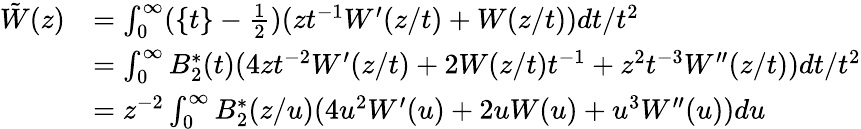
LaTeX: \begin{array}{rl}{\tilde{W}(z)}&{=\int_{0}^{\infty}(\{ t\} -\frac 12)(zt^{-1}W^{\prime}(z/t)+W(z/t))dt/t^{2}}\\ &{=\int_{0}^{\infty}B_{2}^{*}(t)(4zt^{-2}W^{\prime}(z/t)+2W(z/t)t^{-1}+z^{2}t^{-3}W^{\prime\prime}(z/t))dt/t^{2}}\\ &{=z^{-2}\int_{0}^{\infty}B_{2}^{*}(z/u)(4u^{2}W^{\prime}(u)+2uW(u)+u^{3}W^{\prime\prime}(u))du}\end{array}